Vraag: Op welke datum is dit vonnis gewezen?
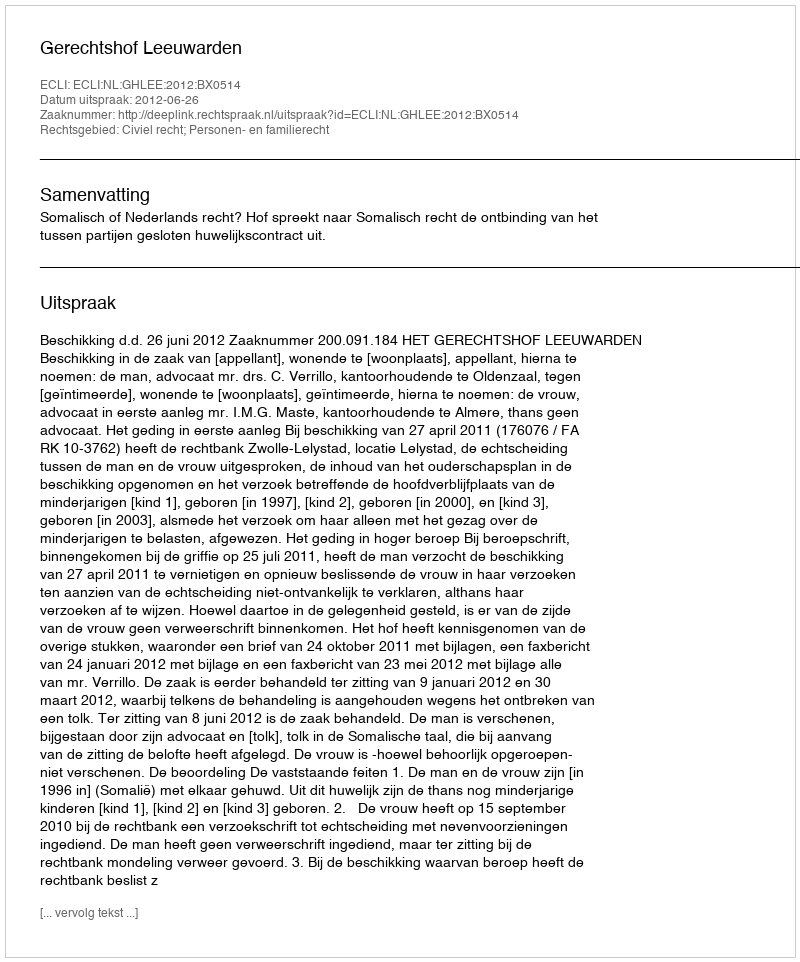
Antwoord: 2012-06-26